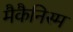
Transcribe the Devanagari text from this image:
मैकैनिस्म